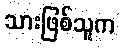
သားဖြစ်သူက